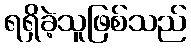
ရရှိခဲ့သူဖြစ်သည်